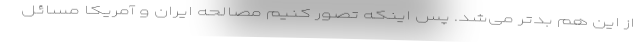
از این هم بدتر می‌شد. پس اینکه تصور کنیم مصالحه ایران و آمریکا مسائل